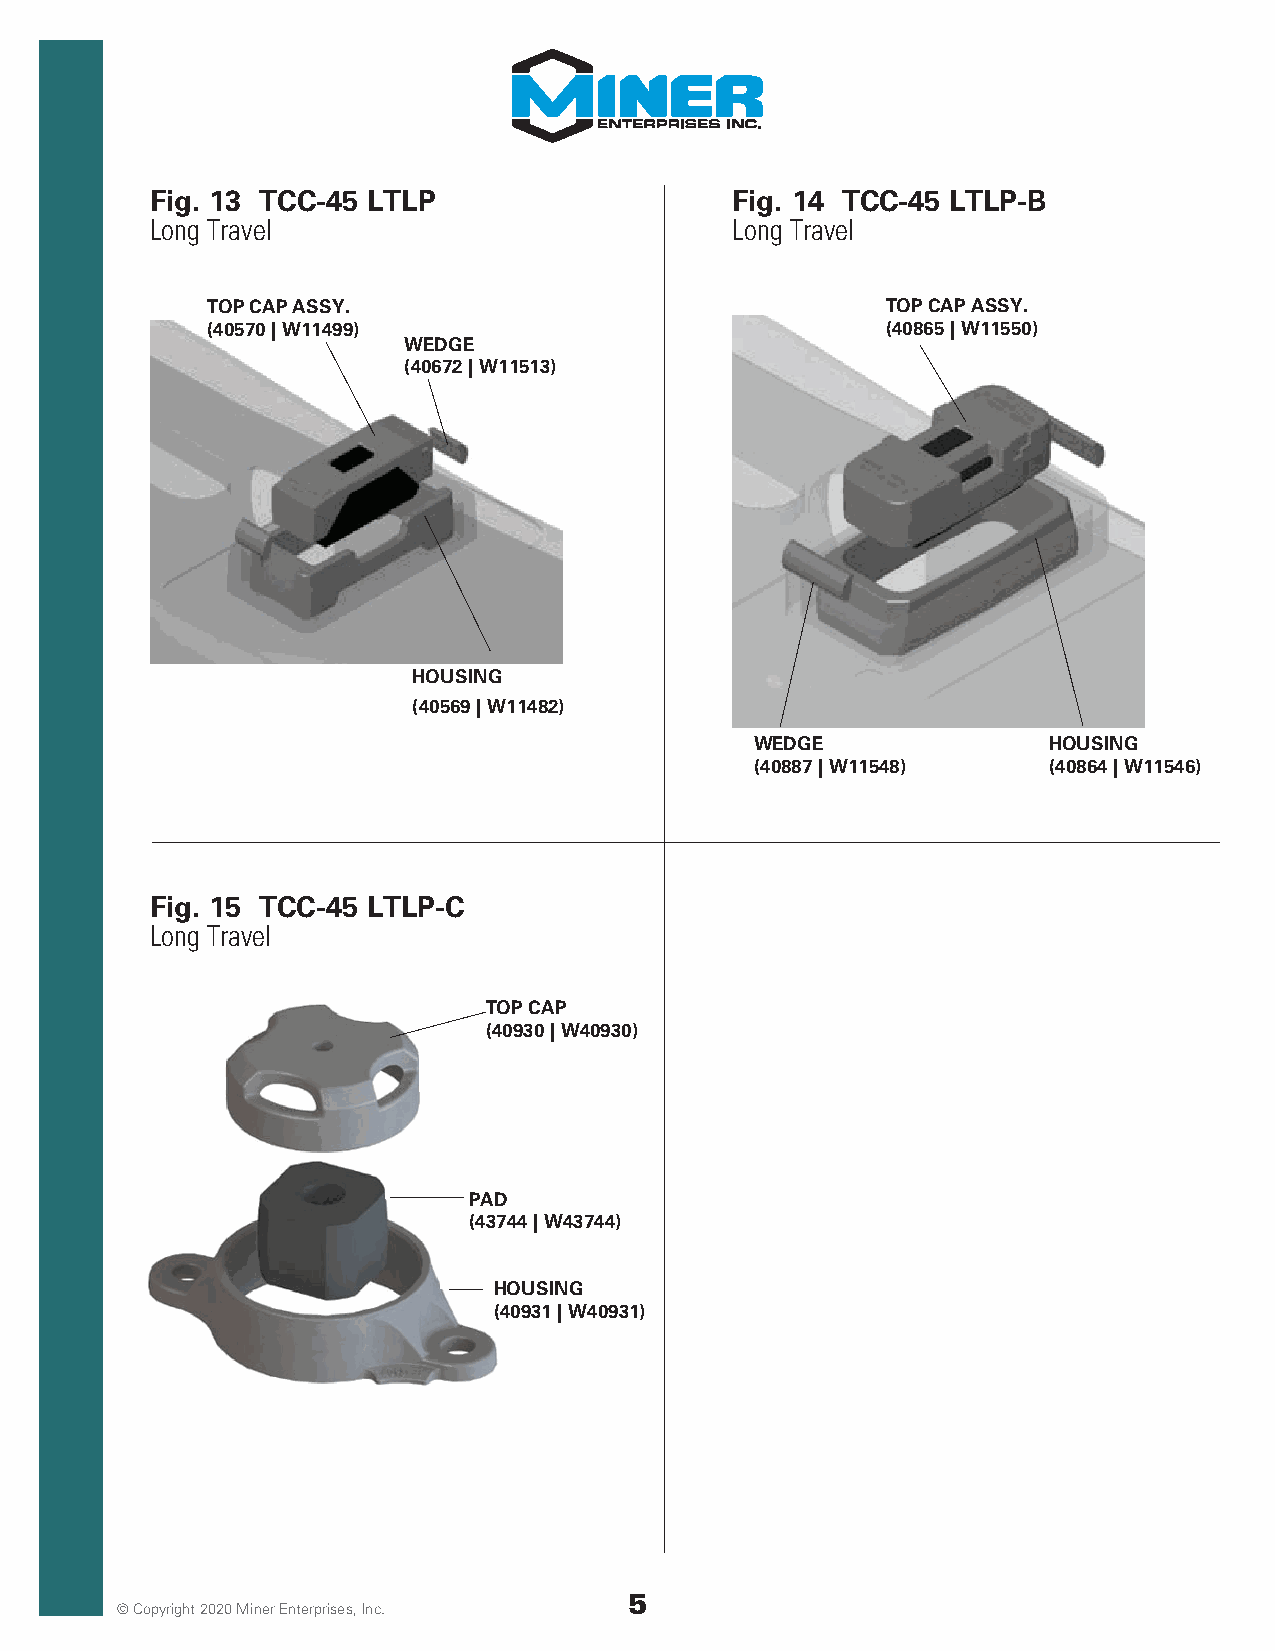
Fig. 13 TCC-45 LTLP                   Fig. 14 TCC-45 LTLP-B
 Long Travel                           Long Travel
 TOP CAP ASSY.                                TOP CAP ASSY.
 (40570 | W11499)                             (40865 | W11550)
 WEDGE
 (40672 | W11513)
 HOUSING
 (40569 | W11482)
 WEDGE              HOUSING
 (40887 | W11548)   (40864 | W11546)
 Fig. 15 TCC-45 LTLP-C
 Long Travel
 TOP CAP
 (40930 | W40930)
 PAD
 (43744 | W43744)
 HOUSING
 (40931 | W40931)
 5
 © Copyright 2020 Miner Enterprises, Inc.